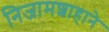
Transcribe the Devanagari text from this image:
निजामशाहाने